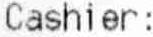
CASHIER: